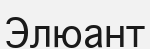
Элюант